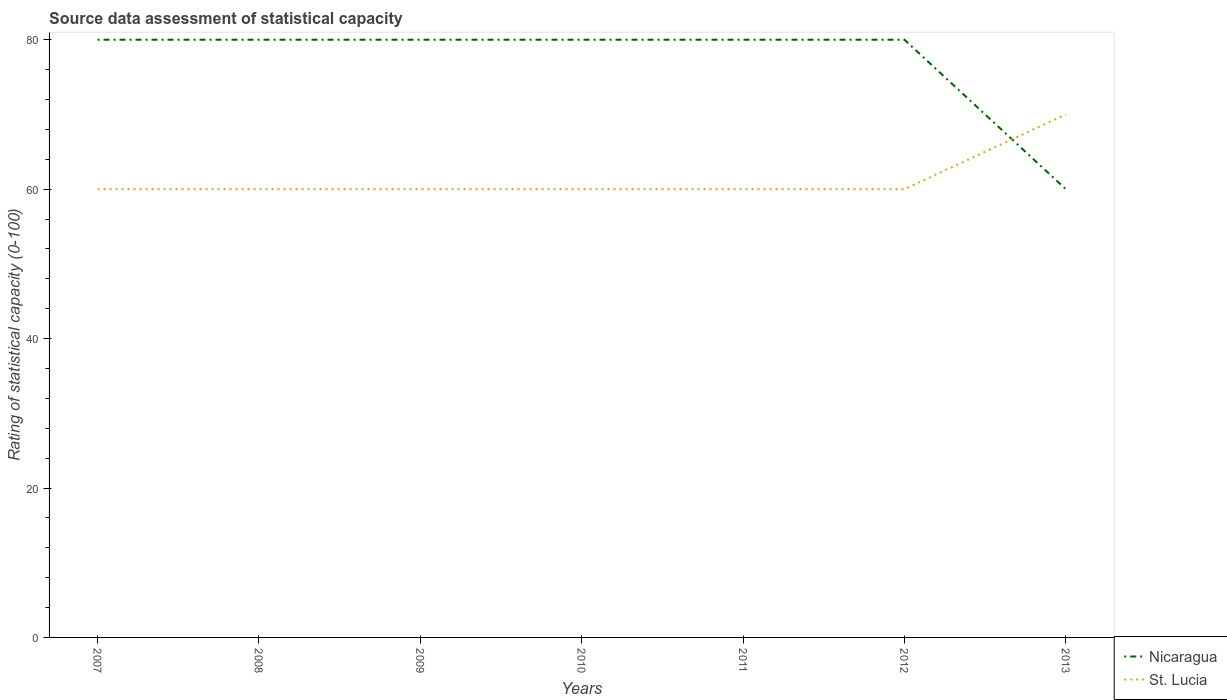
| Years | Nicaragua | St. Lucia |
 | --- | --- | --- |
 | 2007 | 80 | 60 |
 | 2008 | 80 | 60 |
 | 2009 | 80 | 60 |
 | 2010 | 80 | 60 |
 | 2011 | 80 | 60 |
 | 2012 | 80 | 60 |
 | 2013 | 60 | 70 |